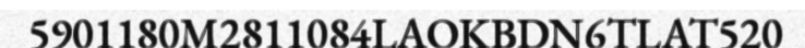
5901180M2811084LAOKBDN6TLAT520